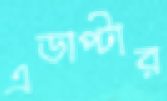
এডাপ্টার